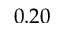
0 . 2 0